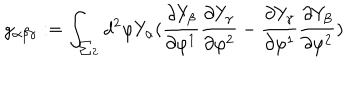
g _ { \alpha \beta \gamma } : = \int _ { \sum _ { 2 } } d ^ { 2 } \varphi Y _ { \alpha } ( \frac { \partial Y _ { \beta } } { \partial \varphi ^ { 1 } } \frac { \partial Y _ { \gamma } } { \partial \varphi ^ { 2 } } - \frac { \partial Y _ { \gamma } } { \partial \varphi ^ { 1 } } \frac { \partial Y _ { \beta } } { \partial \varphi ^ { 2 } } )